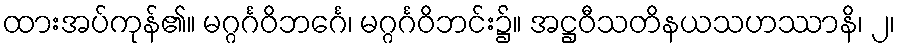
ထားအပ်ကုန်၏။ မဂ္ဂင်္ဂဝိဘင်္ဂေ၊ မဂ္ဂင်္ဂဝိဘင်း၌။ အဋ္ဌဝီသတိနယသဟဿာနိ၊ ၂၊